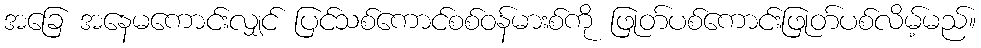
အခြေ အနေမကောင်းလျှင် ပြင်သစ်ကောင်စစ်ဝန်မားစ်ကို ဖြုတ်ပစ်ကောင်းဖြုတ်ပစ်လိမ့်မည်။